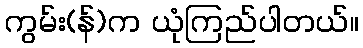
ကွမ်း(န်)က ယုံကြည်ပါတယ်။